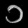
Digit: ၁